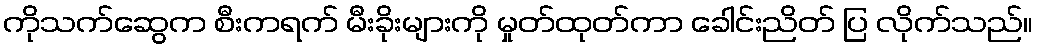
ကိုသက်ဆွေက စီးကရက် မီးခိုးများကို မှုတ်ထုတ်ကာ ခေါင်းညိတ် ပြ လိုက်သည်။